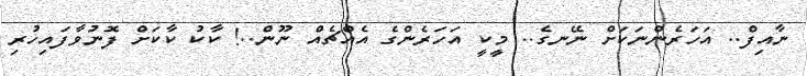
ނާއިފް.. އަހަރެންނަކަށް ނޭނގެ.. މީކީ އަހަރެންގެ އެއްޗެއް ނޫން..! ކާކު ކާކަށް ފޮނުވާފައިހުރި